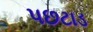
પછટાડ